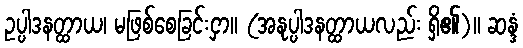
ဥပ္ပါဒနတ္ထာယ၊ မဖြစ်စေခြင်းငှာ။ (အနုပ္ပါဒနတ္ထာယလည်း ရှိ၏)။ ဆန္ဒံ